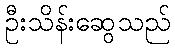
ဦးသိန်းဆွေသည်